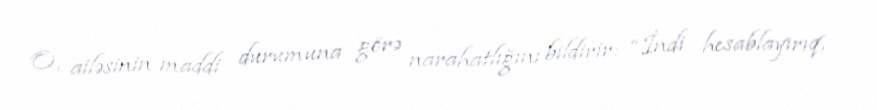
O, ailəsinin maddi durumuna görə narahatlığını bildirir: “İndi hesablayırıq,